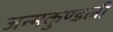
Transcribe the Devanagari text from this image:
जन्‍मकुण्‍डली